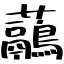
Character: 虉